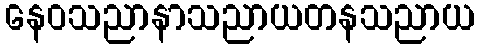
နေဝသညာနာသညာယတနသညာယ